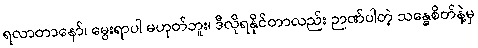
ရလာတာနော်၊ မွေးရာပါ မဟုတ်ဘူး၊ ဒီလိုရနိုင်တာလည်း ဉာဏ်ပါတဲ့ သန္ဓေစိတ်နဲ့မှ